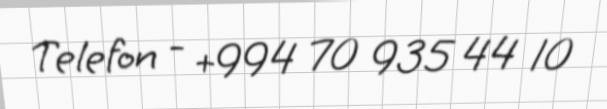
Telefon - +994 70 935 44 10